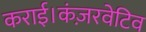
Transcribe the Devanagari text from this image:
कराई।कंज़रवेटिव